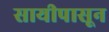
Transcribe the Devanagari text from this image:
सायीपासून